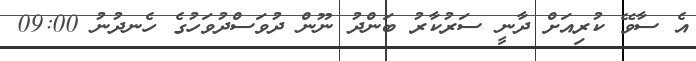
އެ ސާވޭ ކުރިއަށް ދާނީ ސަރުކާރު ބަންދު ނޫން ދުވަސްދުވަހުގެ ހެނދުނު 09:00